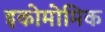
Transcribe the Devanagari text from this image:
इकोमोमिक